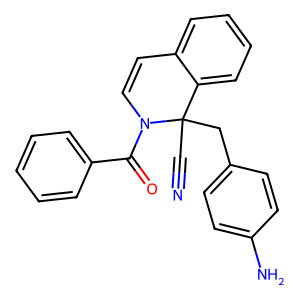
SMILES: N#CC1(Cc2ccc(N)cc2)c2ccccc2C=CN1C(=O)c1ccccc1
Inhibits HIV replication: No